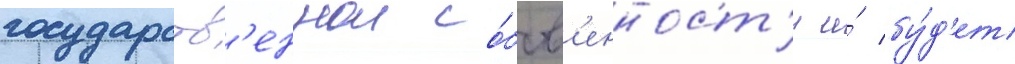
государств'еннои со́бств'енност'и и́ бу́д'ет